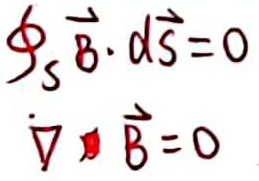
\[
\begin{align*}
\oint_{S} \vec{B} \cdot d\vec{S}&=0\\
\nabla\cdot\vec{B}&=0
\end{align*}
\]